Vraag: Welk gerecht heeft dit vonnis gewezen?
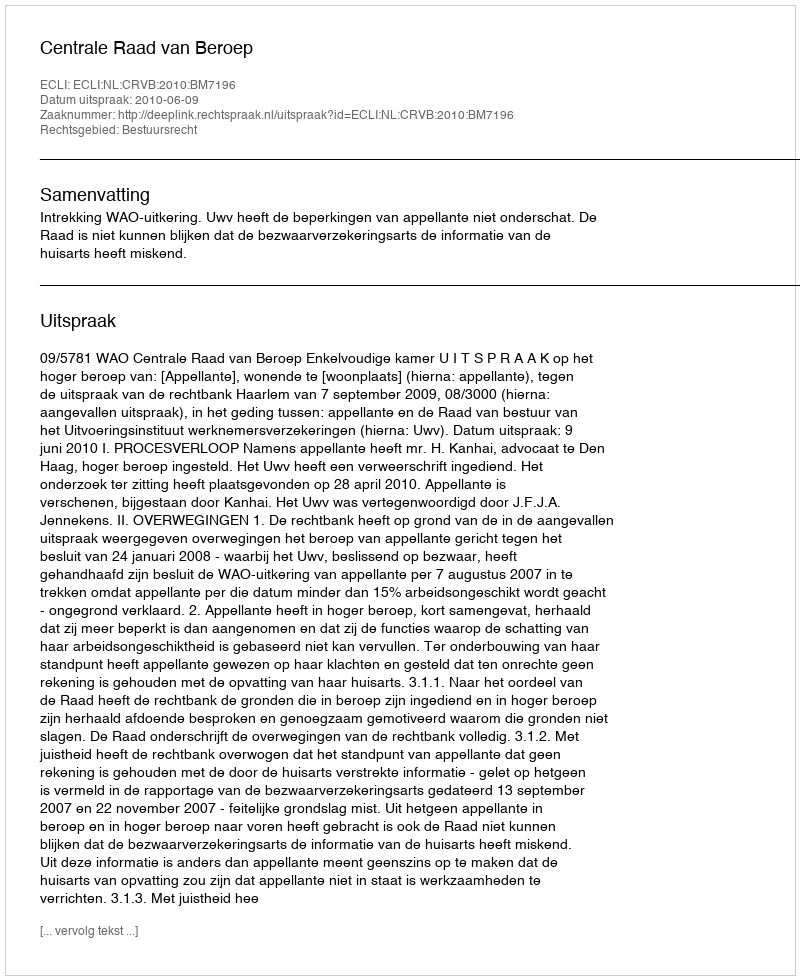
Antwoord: Centrale Raad van Beroep